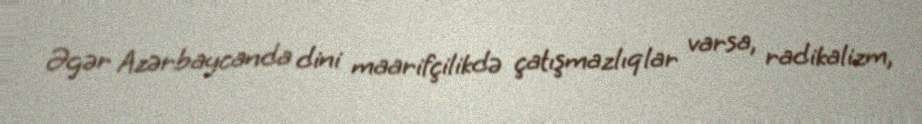
Əgər Azərbaycanda dini maarifçilikdə çatışmazlıqlar varsa, radikalizm,